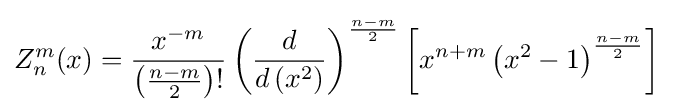
Z_{n}^{m}(x)={\frac {x^{-m}}{\left({\frac {n-m}{2}}\right)!}}\left({\frac {d}{d\left(x^{2}\right)}}\right)^{\frac {n-m}{2}}\left[x^{n+m}\left(x^{2}-1\right)^{\frac {n-m}{2}}\right]